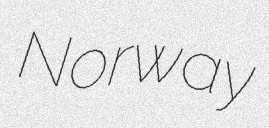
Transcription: Norway